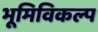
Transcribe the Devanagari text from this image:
भूमिविकल्प